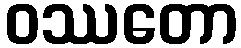
ဝဿတော